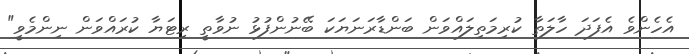
އެހެންވެ އެފަދަ ހާލަތާ ކުރިމަތިލައްވަން ބަންޑާރަނަޔަކަ ބޭނުންފުޅު ނުވާތީ ރިޓަޔާ ކުރައްވަން ނިންމެވީ"